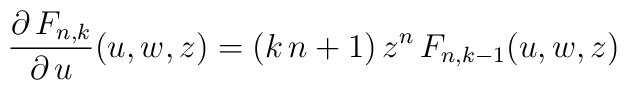
\frac{\partial\,F_{n,k}}{\partial\,u}(u,w,z)=(k\,n+1)\,z^{n}\,F_{n,k-1}(u,w,z)